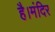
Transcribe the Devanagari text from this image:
है।मंदिर